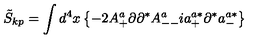
\tilde { S } _ { k p } = \int d ^ { 4 } x \left\{ - 2 A _ { + } ^ { a } \partial \partial ^ { * } A _ { -- } ^ { a } i a _ { + } ^ { a * } \partial ^ { * } a _ { - } ^ { a * } \right\}